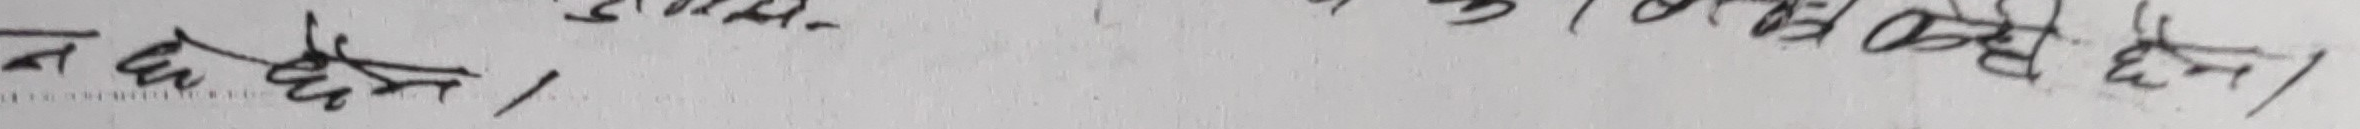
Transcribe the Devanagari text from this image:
न छ छैन।